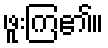
ဖူးကြ၏။